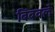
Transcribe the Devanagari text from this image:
बिंबवले